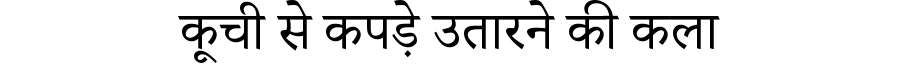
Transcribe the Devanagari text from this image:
कूची से कपड़े उतारने की कला